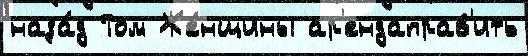
наза́д Том Же́нщины ар'ендаправ'ить